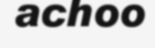
achoo